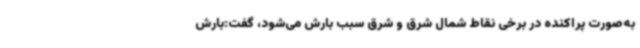
به‌صورت پراکنده در برخی نقاط شمال شرق و شرق سبب بارش می‌شود، گفت:بارش